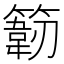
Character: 𰪙